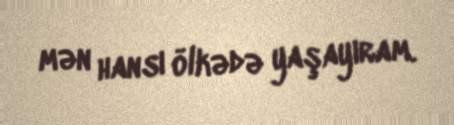
mən hansı ölkədə yaşayıram.